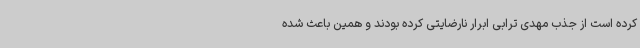
کرده است از جذب مهدی ترابی ابرار نارضایتی کرده بودند و همین باعث شده